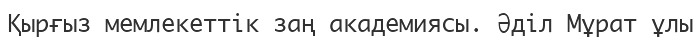
Қырғыз мемлекеттік заң академиясы. Әділ Мұрат ұлы